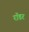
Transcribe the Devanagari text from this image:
रॉडर